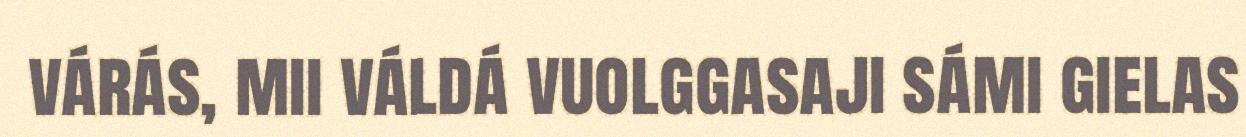
várás, mii váldá vuolggasaji sámi gielas